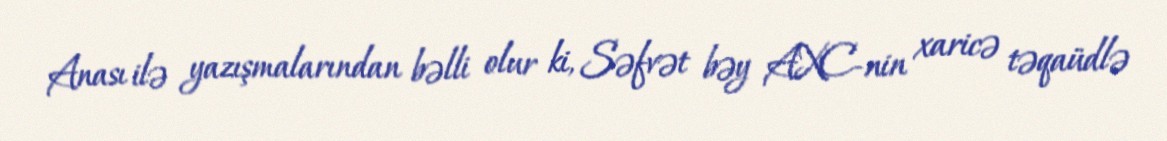
Anası ilə yazışmalarından bəlli olur ki, Səfvət bəy AXC-nin xaricə təqaüdlə